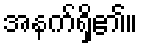
အနက်ရှိ၏။